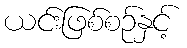
ယင်းဖြစ်စဉ်နှင့်